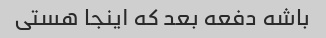
باشه دفعه بعد که اینجا هستی